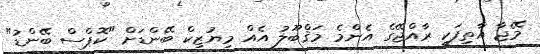
މޭޖާ އާތިފަކީ ރާއްޖޭގެ އެންމެ މަޤްބޫލު އެއް މިޔުޒިކް ބޭންޑަށް "ކޮޕްސް ބޭންޑު"